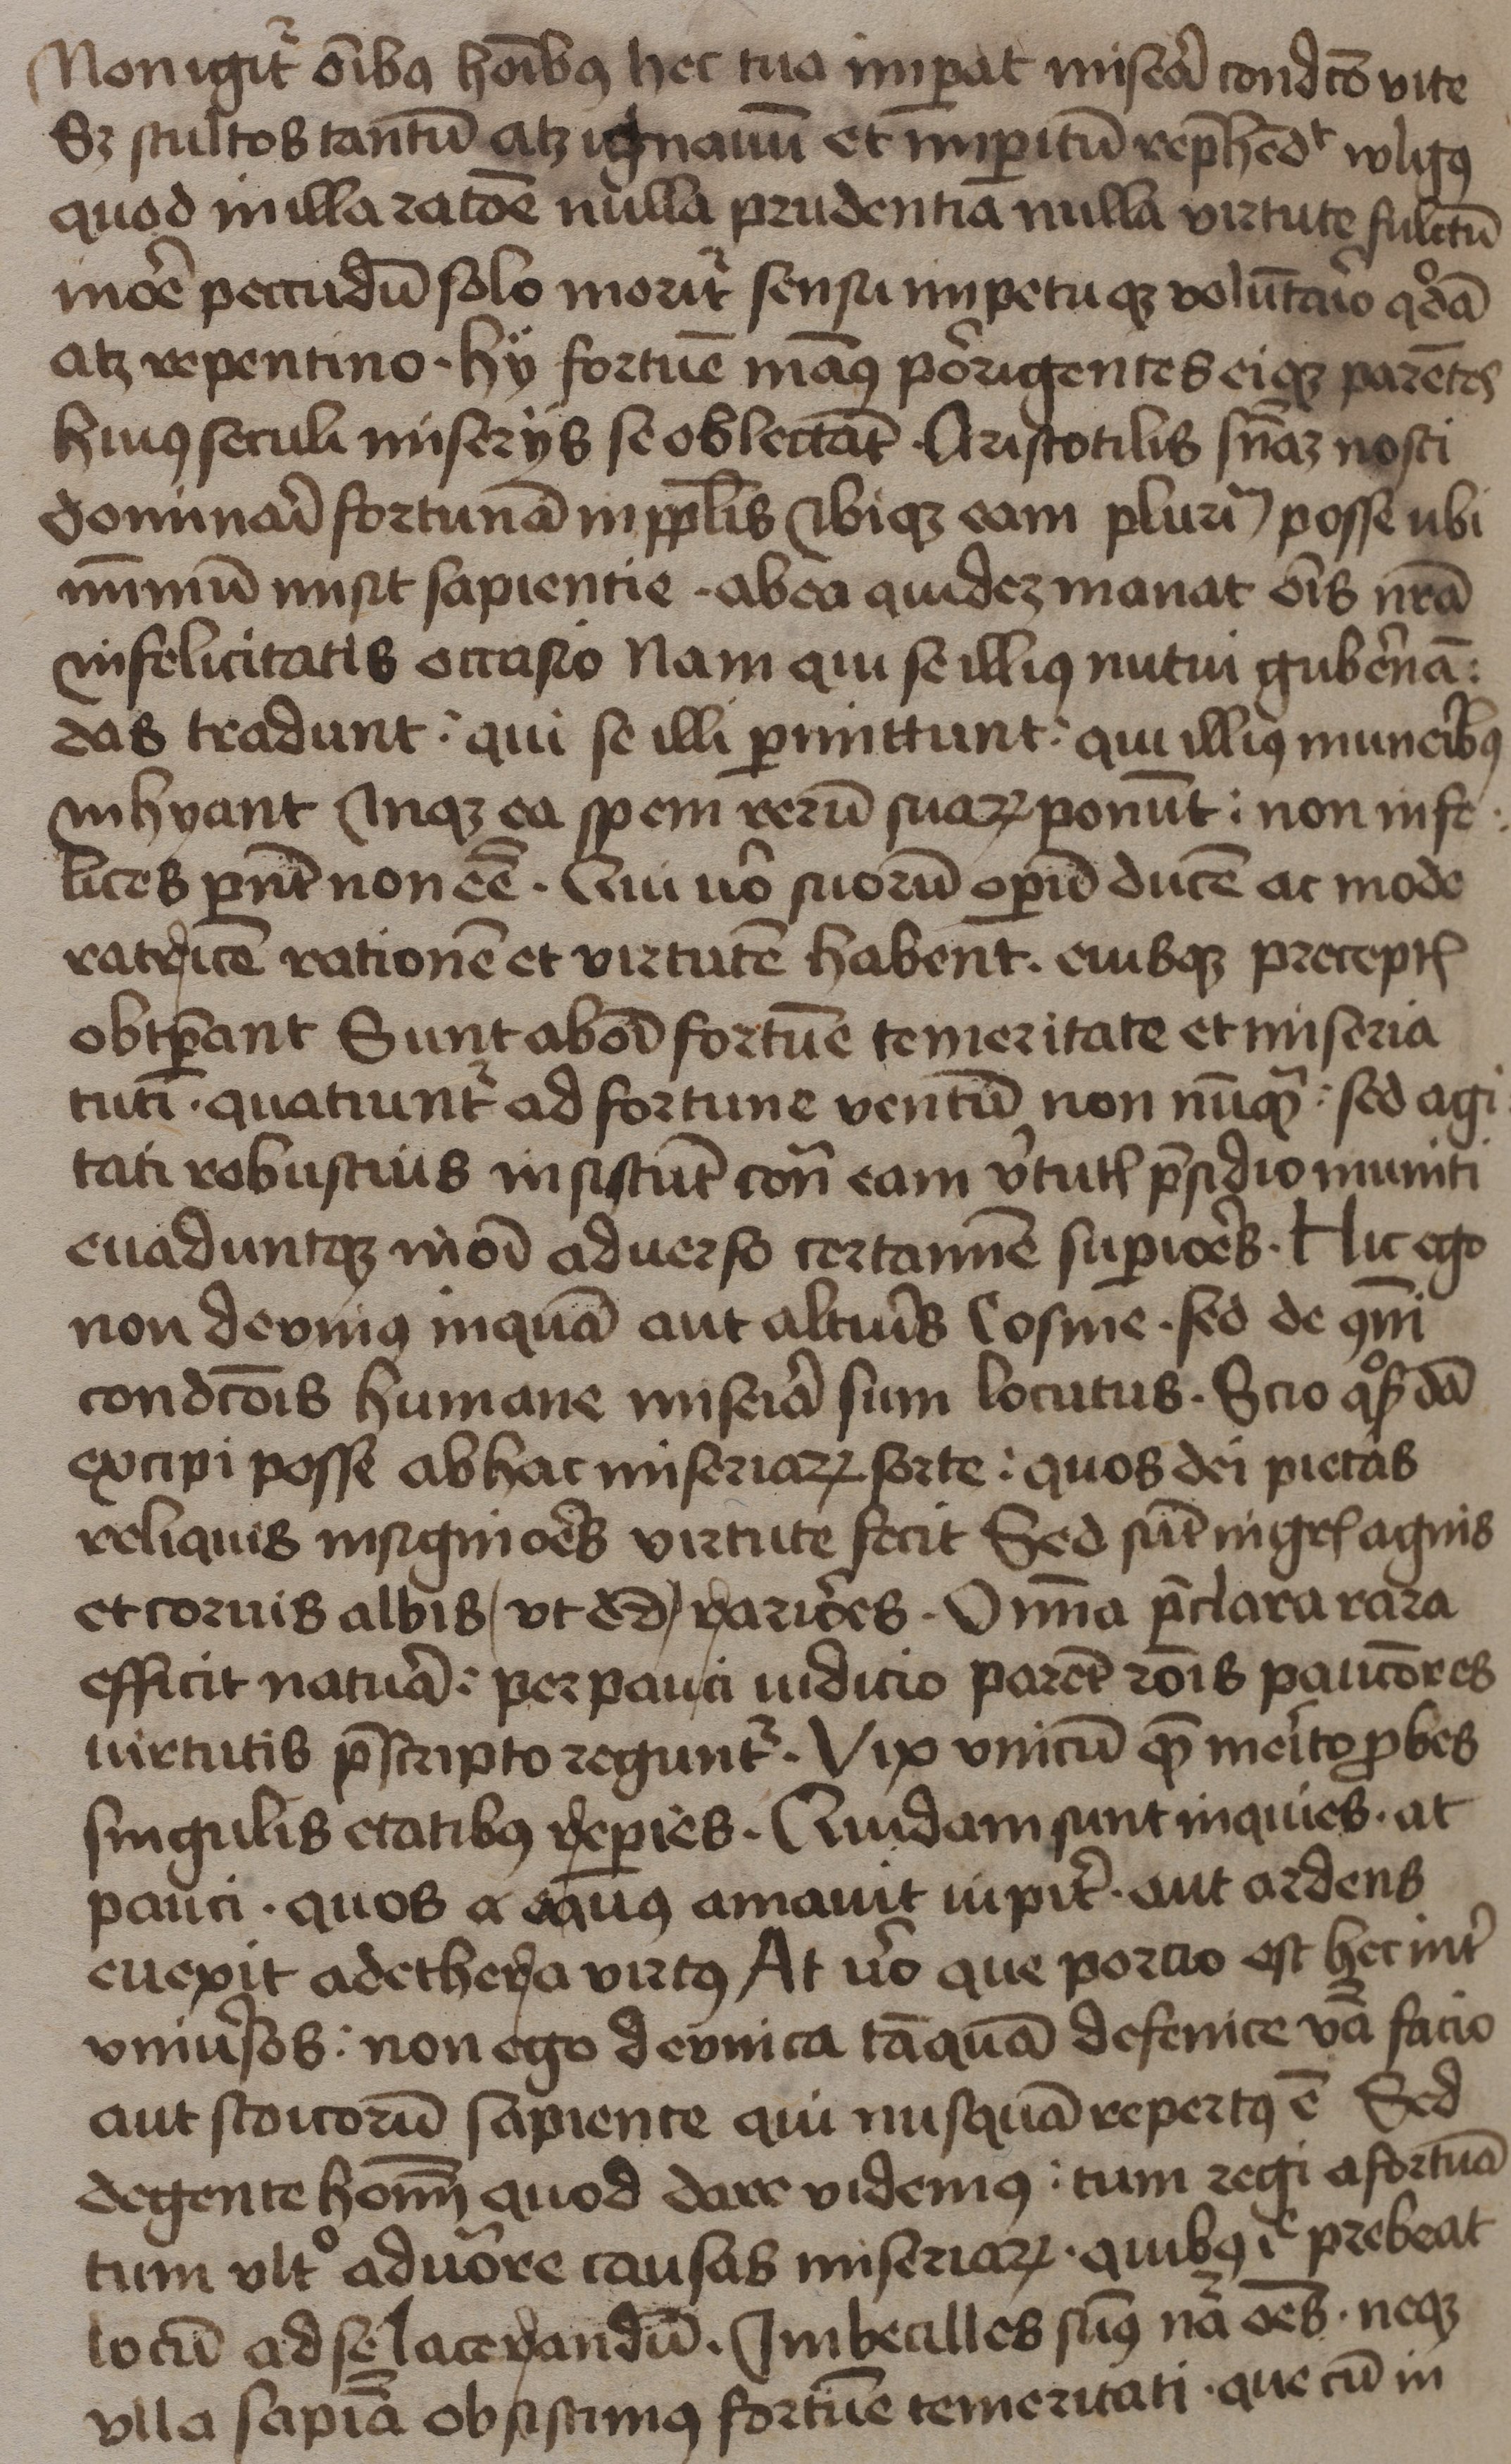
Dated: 1465–1465